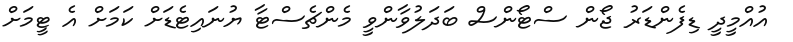
އުއްމީދީ ޑިފެންޑަރު ޖޯން ސްޓޯންސް ބަދަލުވާންވީ މެންޗެސްޓާ ޔުނައިޓެޑަށް ކަމަށް އެ ޓީމަށް